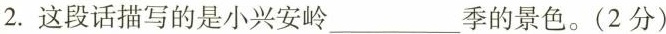
2.这段话描写的是小兴安岭___季的景色。(2分)